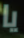
يا